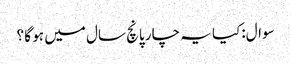
سوال:کیا یہ چار پانچ سال میں ہو گا ؟